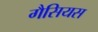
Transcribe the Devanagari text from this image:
गैसियस